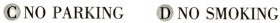
C NO PARKING D NO SMOKING